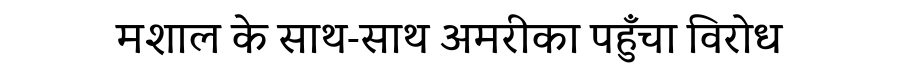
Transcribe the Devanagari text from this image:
मशाल के साथ-साथ अमरीका पहुँचा विरोध